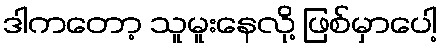
ဒါကတော့ သူမူးနေလို့ ဖြစ်မှာပေါ့